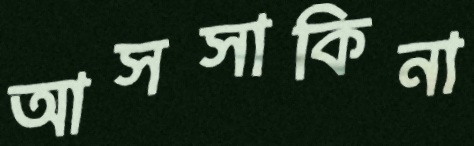
আসসাকিনা